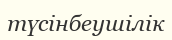
түсінбеушілік